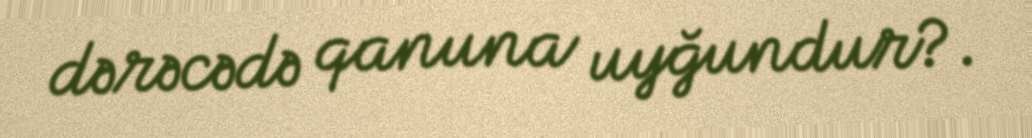
dərəcədə qanuna uyğundur?.